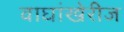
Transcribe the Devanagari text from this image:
वाघांखेरीज